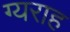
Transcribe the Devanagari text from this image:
ग्यराह